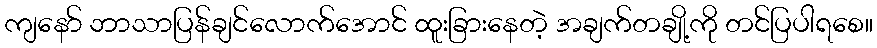
ကျနော် ဘာသာပြန်ချင်လောက်အောင် ထူးခြားနေတဲ့ အချက်တချို့ကို တင်ပြပါရစေ။